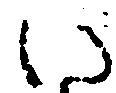
い